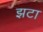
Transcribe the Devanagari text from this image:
झटा